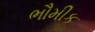
ભૌમીક